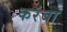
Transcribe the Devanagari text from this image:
करंबा